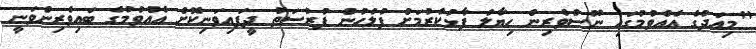
"މިއަދުގެ އެއްވުމުގައި ނޫސްވެރިން ހިޔާލު ފާޅުކުރުމަށް ފުލުހުން ފުރުސަތު ދީފައިވަނިކޮށް އެއްވުމުގެ ބައިވެރިންވަނީ